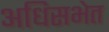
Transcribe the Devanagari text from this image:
अधिसभेत